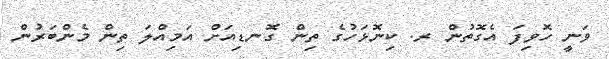
ވަނީ ހޮވިފަ އެގޮތުން ރ. ކިނޮޅަހުގެ ތިން ގޮނޑިއަށް އަމިއްލަ ތިން މެންބަރުން